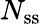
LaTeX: N_{\mathrm{ss}}